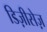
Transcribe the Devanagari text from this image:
डिज़ीसेज़